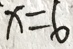
x = 6